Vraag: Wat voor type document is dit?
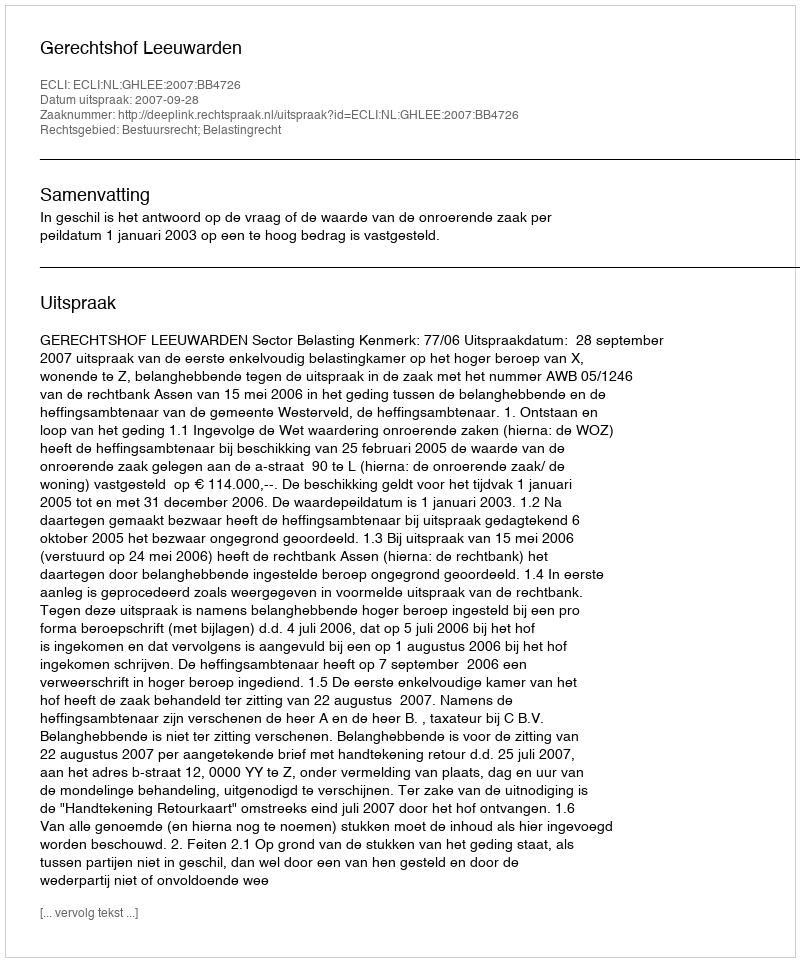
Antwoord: Uitspraak